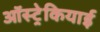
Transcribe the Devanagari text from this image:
ऑस्ट्रेकियाई